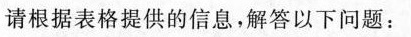
请根据表格提供的信息，解答以下问题：